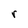
Character: r